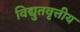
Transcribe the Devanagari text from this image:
विद्युतवृत्तीय